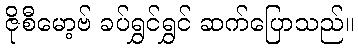
ဇိုစီမော့ဗ် ခပ်ရွှင်ရွှင် ဆက်ပြောသည်။